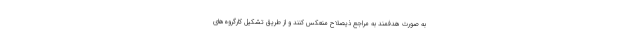
به صورت هدفمند به مراجع ذیصلاح منعکس کنند و از طریق تشکیل کارگروه‌های